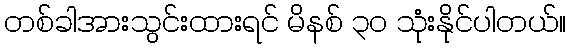
တစ်ခါအားသွင်းထားရင် မိနစ် ၃၀ သုံးနိုင်ပါတယ်။